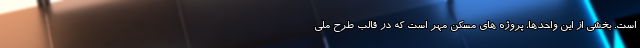
است. بخشی از این واحدها، پروژه های مسکن مهر است که در قالب طرح ملی